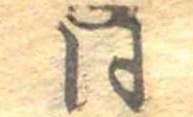
同